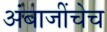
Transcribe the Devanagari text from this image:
अंबाजींचेच